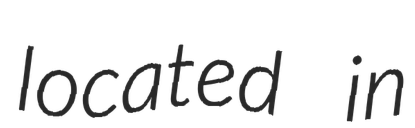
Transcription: located in